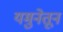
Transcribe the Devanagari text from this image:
यमुनेतून